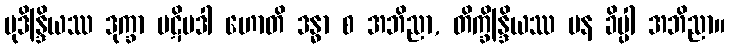
မုဒိန္ဒြိယဿ ဒုက္ခာ ပဋိပဒါ ဟောတိ ဒန္ဓာ စ အဘိညာ, တိက္ခိန္ဒြိယဿ ပန ခိပ္ပါ အဘိညာ။